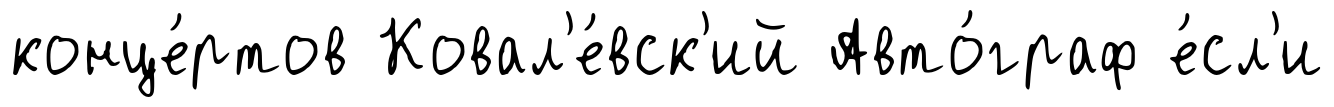
конце́ртов Ковал'е́вск'ий Авто́граф е́сл'и